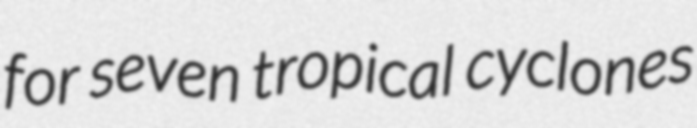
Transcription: for seven tropical cyclones